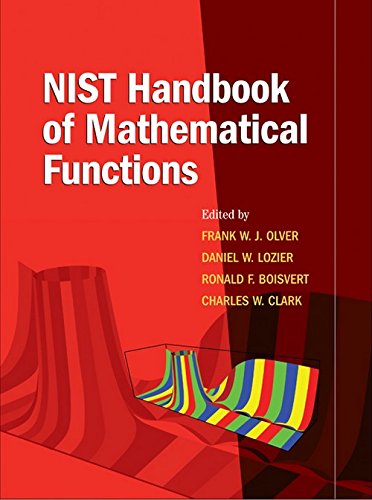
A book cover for NIST Handbook of Mathematical Functions; Science & Math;